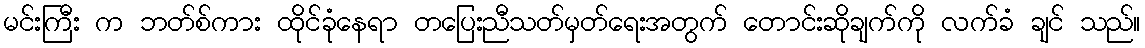
မင်းကြီး က ဘတ်စ်ကား ထိုင်ခုံနေရာ တပြေးညီသတ်မှတ်ရေးအတွက် တောင်းဆိုချက်ကို လက်ခံ ချင် သည်။